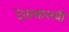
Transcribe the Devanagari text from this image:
देवासारखी